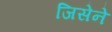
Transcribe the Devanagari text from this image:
जिसेने